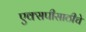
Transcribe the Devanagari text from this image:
एक्सपीसाठीचे